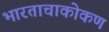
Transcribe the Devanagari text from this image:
भारताचाकोकण